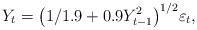
LaTeX: \begin{align*} Y_t = \bigl( 1/1.9 + 0.9 Y_{t-1}^2\bigr)^{1/2} \varepsilon_t,\end{align*}